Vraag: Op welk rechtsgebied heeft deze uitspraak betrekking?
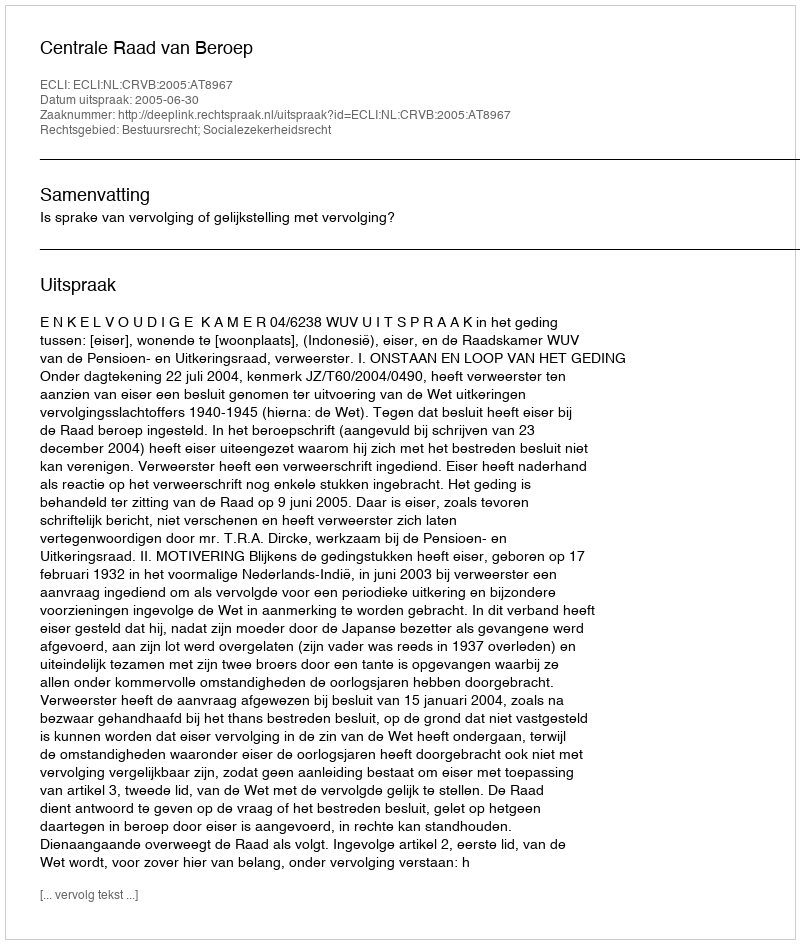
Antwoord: Bestuursrecht; Socialezekerheidsrecht